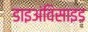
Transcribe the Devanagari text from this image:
डाइअंविसाइड